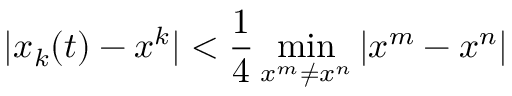
| x _ { k } ( t ) - x ^ { k } | < \frac { 1 } { 4 } \operatorname* { m i n } _ { x ^ { m } \neq x ^ { n } } | x ^ { m } - x ^ { n } |